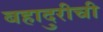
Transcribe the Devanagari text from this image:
बहादुरीची